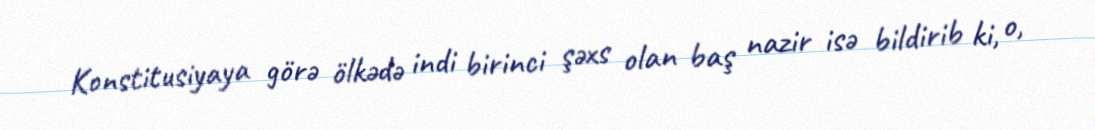
Konstitusiyaya görə ölkədə indi birinci şəxs olan baş nazir isə bildirib ki, o,